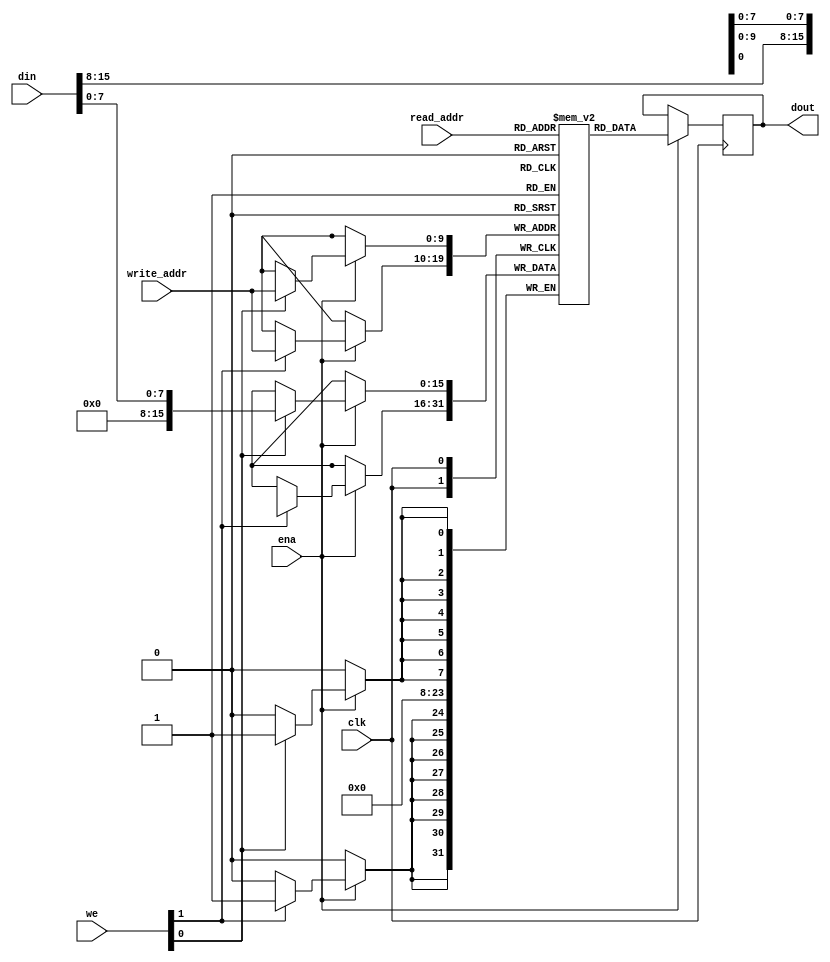
module bytewrite_sdp_ram_rf_logic #(
//--------------------------------------------------------------------------
parameter NUM_COL = 2, // 2 columns of 1 byte each make : 16 bits
parameter COL_WIDTH = 8, //1 byte
parameter ADDR_WIDTH = 10, // Addr Width in bits : 2 *ADDR_WIDTH = RAM Depth ---> 2^10 = 1024
parameter DATA_WIDTH = NUM_COL*COL_WIDTH // Data Width in bits
//--------------------------------------------------------------------------
)  (
input clk,
input ena,
input [NUM_COL-1:0] we,
input [ADDR_WIDTH-1:0] read_addr,write_addr,
input [DATA_WIDTH-1:0] din,
output reg [DATA_WIDTH-1:0] dout
);

(* ram_style = "logic" *)
reg [DATA_WIDTH-1:0] ram [(2**ADDR_WIDTH)-1:0];
integer i;

always @ (posedge clk) 
begin
	if(ena) 
	begin
		for(i=0;i<NUM_COL;i=i+1) 
		begin
			if(we[i]) 
			begin
				ram[write_addr][i*COL_WIDTH +: COL_WIDTH] <= din[i*COL_WIDTH +: COL_WIDTH];
			end
			dout <= ram[read_addr];
		end
	end
end

endmodule